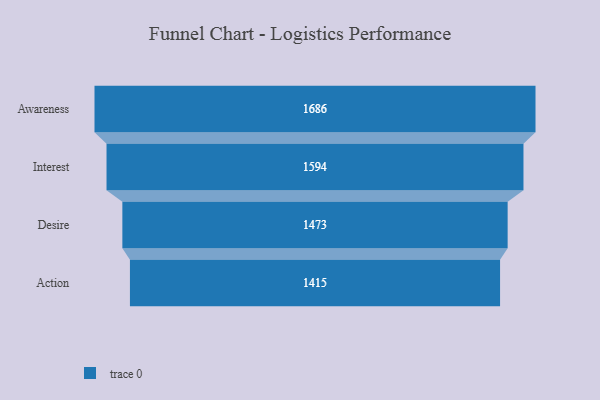
{"axis": {"x": "Stage", "y": "Value"}, "legend": [""], "data": [{"x": "Awareness", "y": 1686.0, "type": ""}, {"x": "Interest", "y": 1594.0, "type": ""}, {"x": "Desire", "y": 1473.0, "type": ""}, {"x": "Action", "y": 1415.0, "type": ""}]}